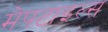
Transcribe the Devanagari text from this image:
मेपटाइल्स